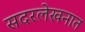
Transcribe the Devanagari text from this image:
सदरलेखनात